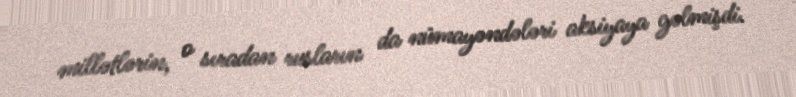
millətlərin, o sıradan rusların da nümayəndələri aksiyaya gəlmişdi.